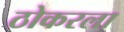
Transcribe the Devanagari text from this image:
ठोकरला